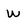
Character: w